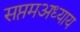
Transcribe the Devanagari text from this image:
सप्तमअध्याय